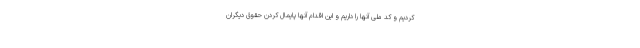
کردیم و کد ملی آنها را داریم و این اقدام آنها پایمال کردن حقوق دیگران